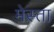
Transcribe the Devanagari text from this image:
मेस्ता